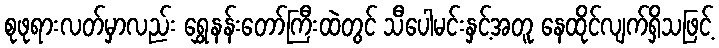
စုဖုရားလတ်မှာလည်း ရွှေနန်းတော်ကြီးထဲတွင် သီပေါမင်းနှင့်အတူ နေထိုင်လျက်ရှိသဖြင့်